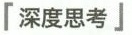
「深度思考」